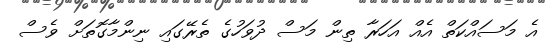
އެ މަސައްކަތް އެއް އަހަރާ ތިން މަސް ދުވަހުގެ ތެރޭގައި ނިންމާގޮތަށް ވެސް